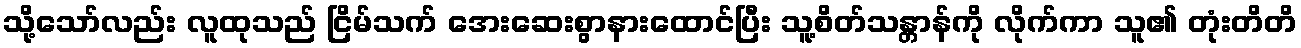
သို့သော်လည်း လူထုသည် ငြိမ်သက် အေးဆေးစွာနားထောင်ပြီး သူ့စိတ်သန္တာန်ကို လိုက်ကာ သူ၏ တုံးတိတိ